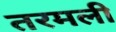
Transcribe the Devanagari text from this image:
तरमली